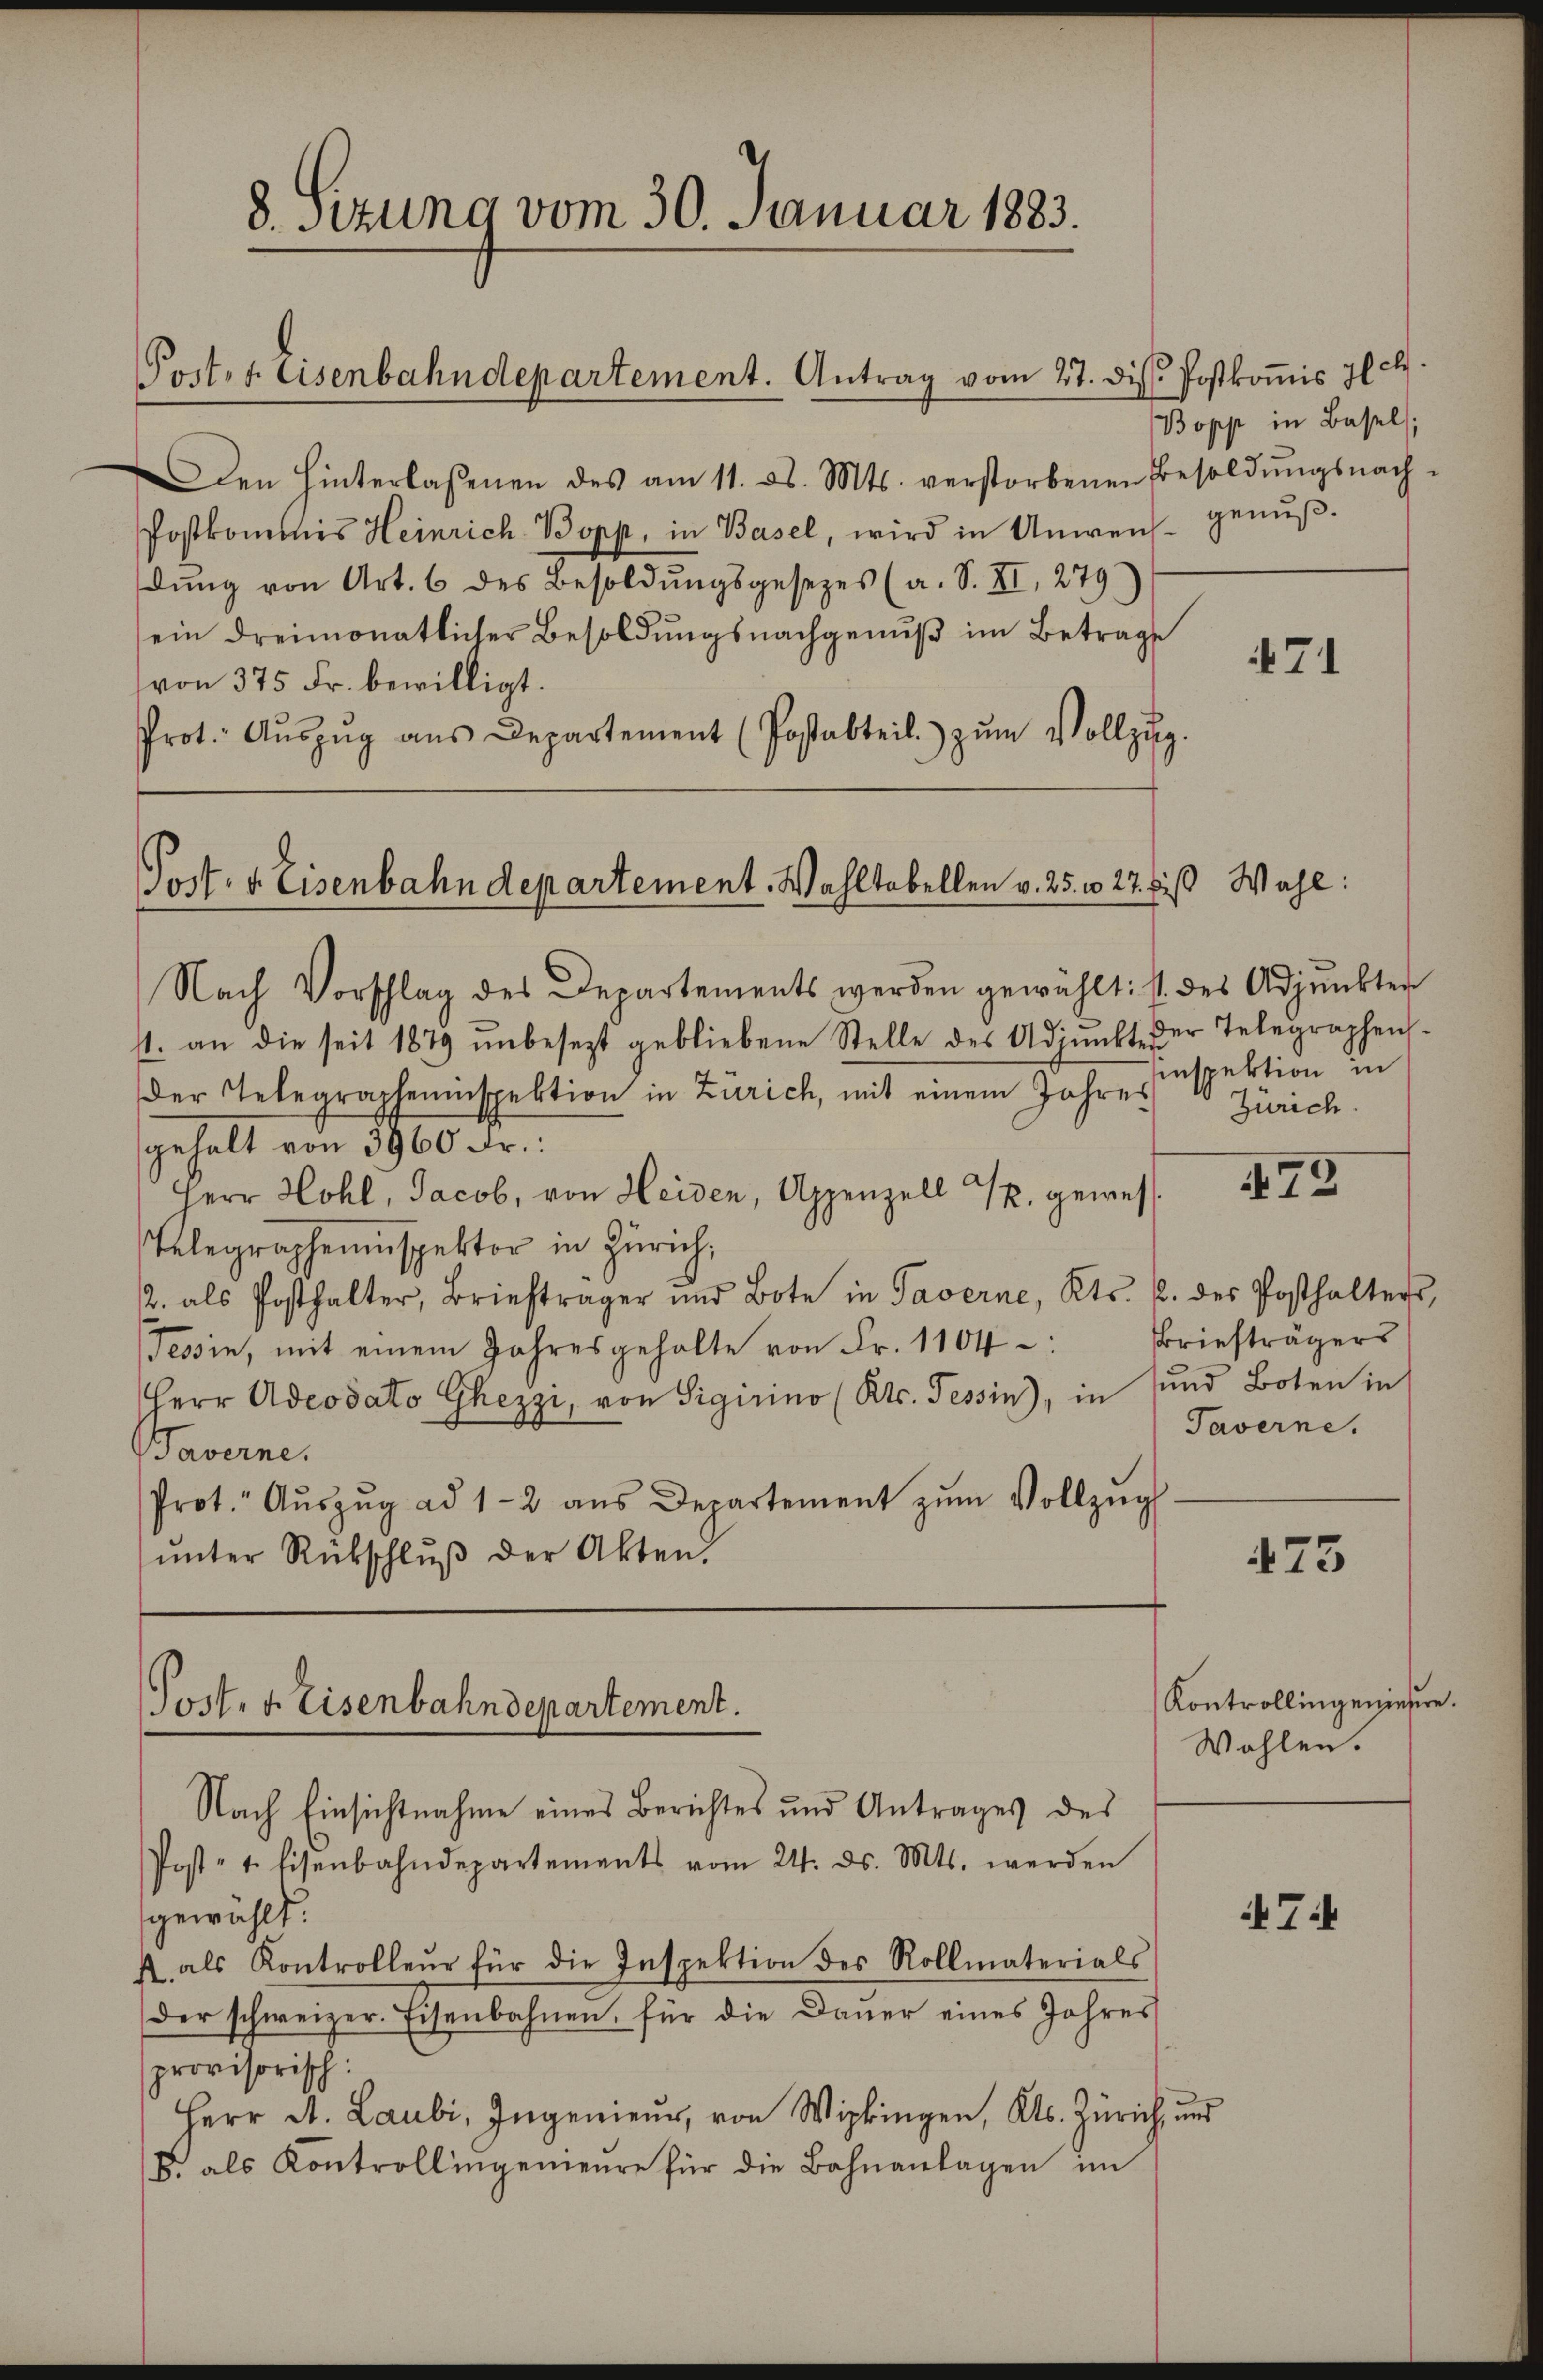
8. Sizung vom 30. Januar 1883.
Port. 1. Eisenbahndepartement. Antrag vom 27. d. Postkoṁis il c.

den hinterlassenen des am 11. ds. Mts. verstorbenen Besoldŭngsnach-
Postkommnis Heinrich-Bopp, in Basel, wird in Anweich
dŭng von Art. 6 des Besoldŭngsgesezes (a. S. XI, 279
ein dreimonatlicher Besoldŭngsnachgenŭβ im Betrage
von 375 Fr. bewilligt.
Prot. Aŭszŭg aŭs Departement (Postabteil zŭm Vollzŭg.

Post. v. Eisenbahndepartement. Wahltabellen v. 25. v. 27. bis Wahl:

Nach Vorschlag des Departements werden gewählt: 1. des Adjunkter
s1. an die seit 1879 ŭnbesezt gebliebene Stelle des Adjunkter
Der Telegrapheninspektion in Zürich, mit einem Jahres
gehalt von 3960 Fr.
Herr Hohl, Jacob, von Heiden, Appenzell u. gewes¬
Telegrapheninspektor in Zürich,
2. als Posthalter, Briefträger und Bote in Taverne, Kts. 2. des Posthalters,
Tessin, mit einem Jahresgehalte von Fr. 1104 :
Herr Adeodato Ghezzi, von Sigirino (Kts. Tessin), in und Boten in
Baverne.
Prot. Aŭszŭg ad 1-2 aŭs Departement zŭm Vollzŭg
ŭnter Rückschlŭβ der Akten.

Post. v. Eisenbahndepartement.

Nach Einsichtnahme eines Berichtes und Antrages des
Post- u. Eisenbahndepartements vom 24. ds. Mts. werden
gewählt.
. als Kontrolleŭr für die Inspektion des Rollmaterials
der schweizer. Eisenbahnen, für die Daŭer eines Jahres
provisorisch:
Herr D. Laubi, Ingenieur, von Wipkingen, Kts. Zürich, und
F. als Kontrollingenieure für die Bahnanlagen im

Bopp in Basel.
genuß.

71

er Telegrapheninspektion in
Zürich.

472

Briefträgers
Taverne.

473

Kontrollingeniesere.
Wahlen.

i7i